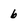
Character: b